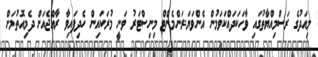
މިއަދުގެ ރަސްމިއްޔާތުގައި ވާހަކަދައްކަވަމުން އެންވަޔަރަންމެންޓް މިނިސްޓަރު ވަނީ މުރަކައިން ހެދިފައިވާ ރާއްޖެއަށް ދެމިއޮތުމަށް